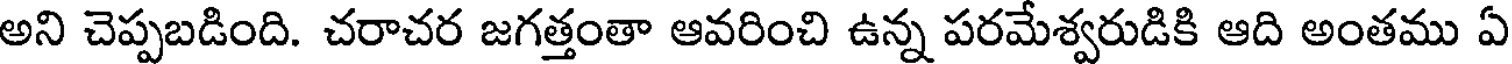
అని చెప్పబడింది. చరాచర జగత్తంతా ఆవరించి ఉన్న పరమేశ్వరుడికి ఆది అంతము ఏ